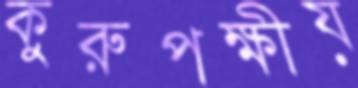
কুরুপক্ষীয়